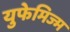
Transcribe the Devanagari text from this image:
युफेमिज्म